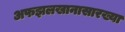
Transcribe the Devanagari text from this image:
अफझलखानासारख्या